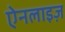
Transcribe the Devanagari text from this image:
ऐनलाइज़